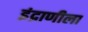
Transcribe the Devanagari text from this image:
इंद्राणीला